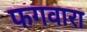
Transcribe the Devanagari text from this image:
फगवारा